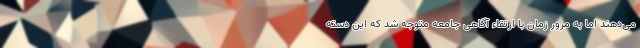
می‌دهند اما به مرور زمان با ارتقاء آگاهی جامعه متوجه شد که این دسته